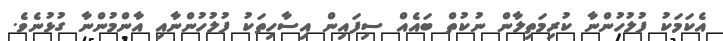
އެކަމަކު ފުލުހުންނާ ކުރިމަތިލާން ނުކުތް ބައެއް ސިފައިން އިސާހިތަކު ފުލުހުންނާއި އާންމުންނާ ގުޅުނެވެ.